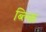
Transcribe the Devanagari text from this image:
ब्ल्कि